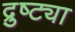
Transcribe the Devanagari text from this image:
द्रुष्ट्या